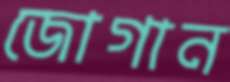
জোগান